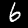
Digit: 6